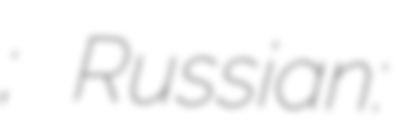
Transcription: Дамачава; Russian: